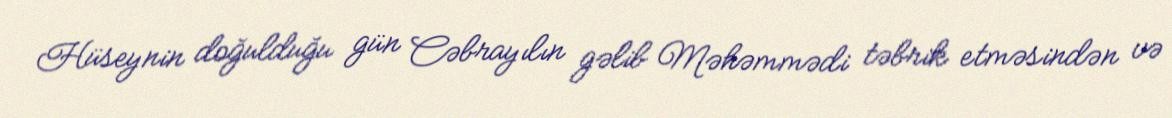
Hüseynin doğulduğu gün Cəbrayılın gəlib Məhəmmədi təbrik etməsindən və